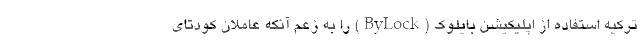
ترکیه استفاده از اپلیکیشن بایلوک (ByLock) را به زعم آنکه عاملان کودتای